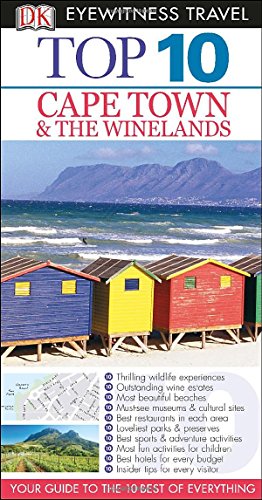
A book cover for Top 10 Cape Town and the Winelands (Eyewitness Top 10 Travel Guide); Philip Briggs; Travel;